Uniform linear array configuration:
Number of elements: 64
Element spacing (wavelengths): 0.25
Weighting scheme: hamming
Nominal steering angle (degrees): -30
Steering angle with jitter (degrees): -30.989
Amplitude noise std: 0.05
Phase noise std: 0.05

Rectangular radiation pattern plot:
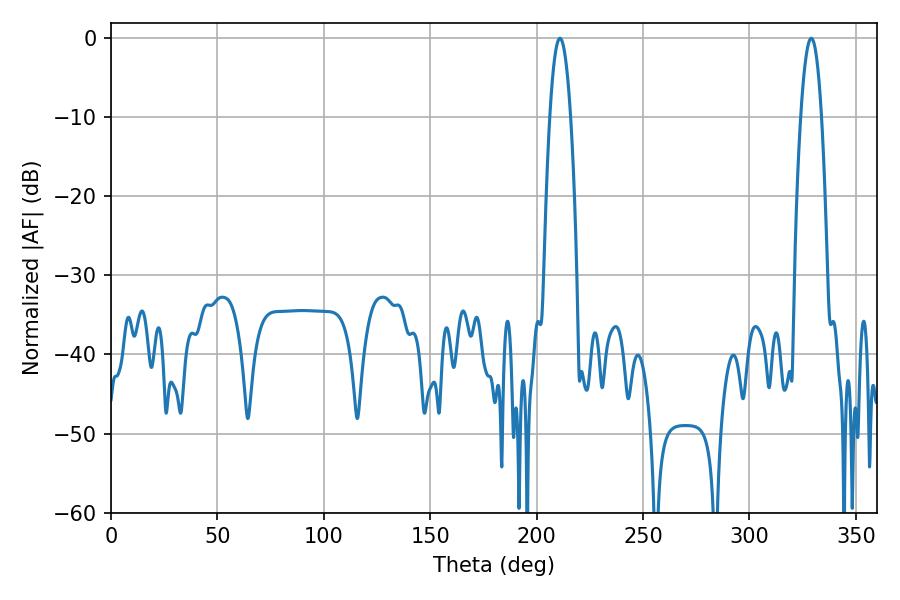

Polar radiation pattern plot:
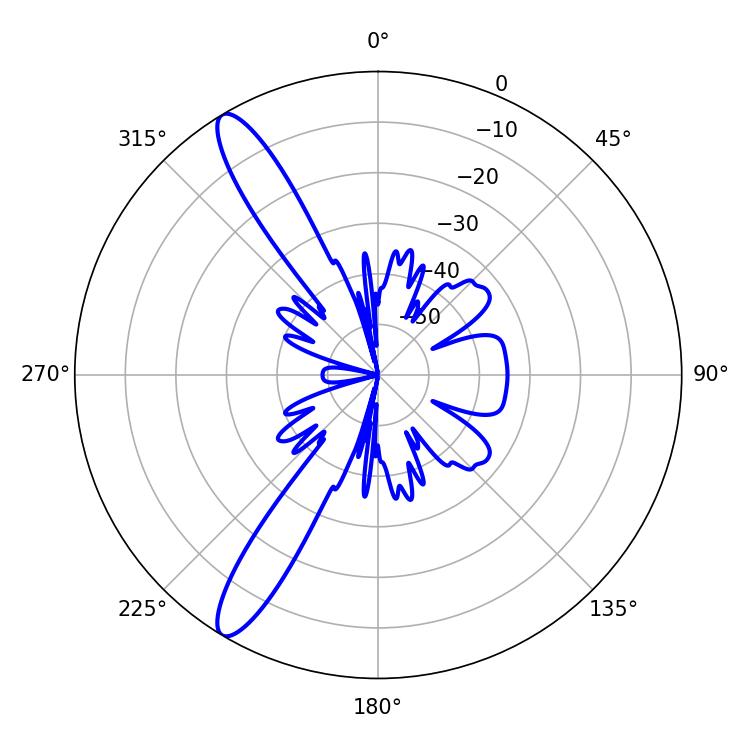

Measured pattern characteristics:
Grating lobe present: FALSE
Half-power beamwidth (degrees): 5.4
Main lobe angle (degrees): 329.04